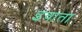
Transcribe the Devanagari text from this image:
इवाता